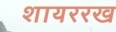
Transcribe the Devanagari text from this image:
शायररख